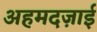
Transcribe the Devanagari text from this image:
अहमदज़ाई